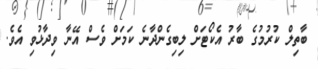
ބާތިލް ކުރުމުގެ ބާރު އެކޯޓަށް ލިބިގެންދާނެ ކަމަށް ވެސް އޭނާ ވިދާޅުވި އެވެ.